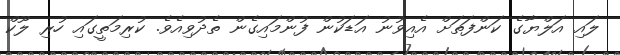
ލައި އަލްޔާގެ ކަންފަތަށް އެއިވުނު އަޑަކުން ފުންމައިގެން ތެދުވިއެވެ. ކުރިމަތީގައި ހުރި ލޫކް